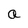
Character: a